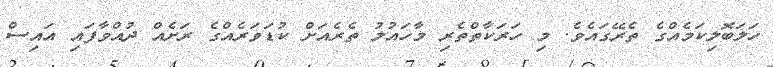
ހަލަބޮލިކަމެއްގެ ތެރޭގައެވެ. މި ހަރަކާތްތެރި މާހައުލު ތެރެއަށް ކުޑަވަރެއްގެ ރަށެއް ދުއްވާފައި އައިސް